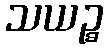
သယဉ္စ